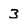
Character: 3